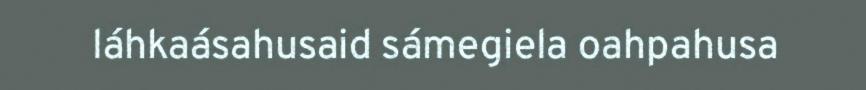
láhkaásahusaid sámegiela oahpahusa